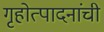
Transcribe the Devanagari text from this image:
गृहोत्पादनांची